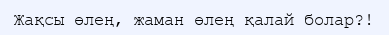
Жақсы өлең, жаман өлең қалай болар?!